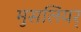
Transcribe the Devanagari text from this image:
मुसलियर्